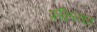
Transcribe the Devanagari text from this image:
फ़ंक़िस्तान